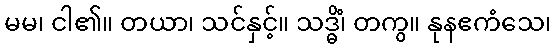
မမ၊ ငါ၏။ တယာ၊ သင်နှင့်။ သဒ္ဓိံ၊ တကွ။ နုနဧကံသေ၊